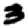
Digit: 3